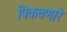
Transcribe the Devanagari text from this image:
पिकवणारे